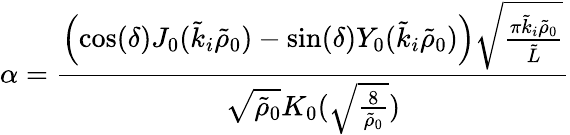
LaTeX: \alpha=\frac{\left(\cos(\delta)J_{0}(\tilde{k}_{i}\tilde{\rho}_{0})-\sin(\delta)Y_{0}(\tilde{k}_{i}\tilde{\rho}_{0})\right)\sqrt{\frac{\pi\tilde{k}_{i}\tilde{\rho}_{0}}{\tilde{L}}}}{\sqrt{\tilde{\rho}_{0}}K_{0}(\sqrt{\frac{8}{\tilde{\rho}_{0}}})}